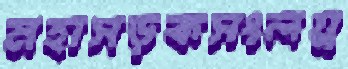
মহাসড়কসংলগ্ন